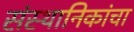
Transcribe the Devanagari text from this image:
संस्थानिकांचा